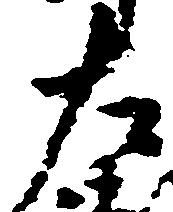
左